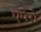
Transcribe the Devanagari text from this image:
एपेरो